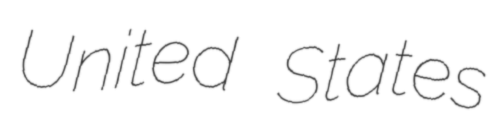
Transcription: United States